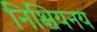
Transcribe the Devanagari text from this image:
निश्चियनय